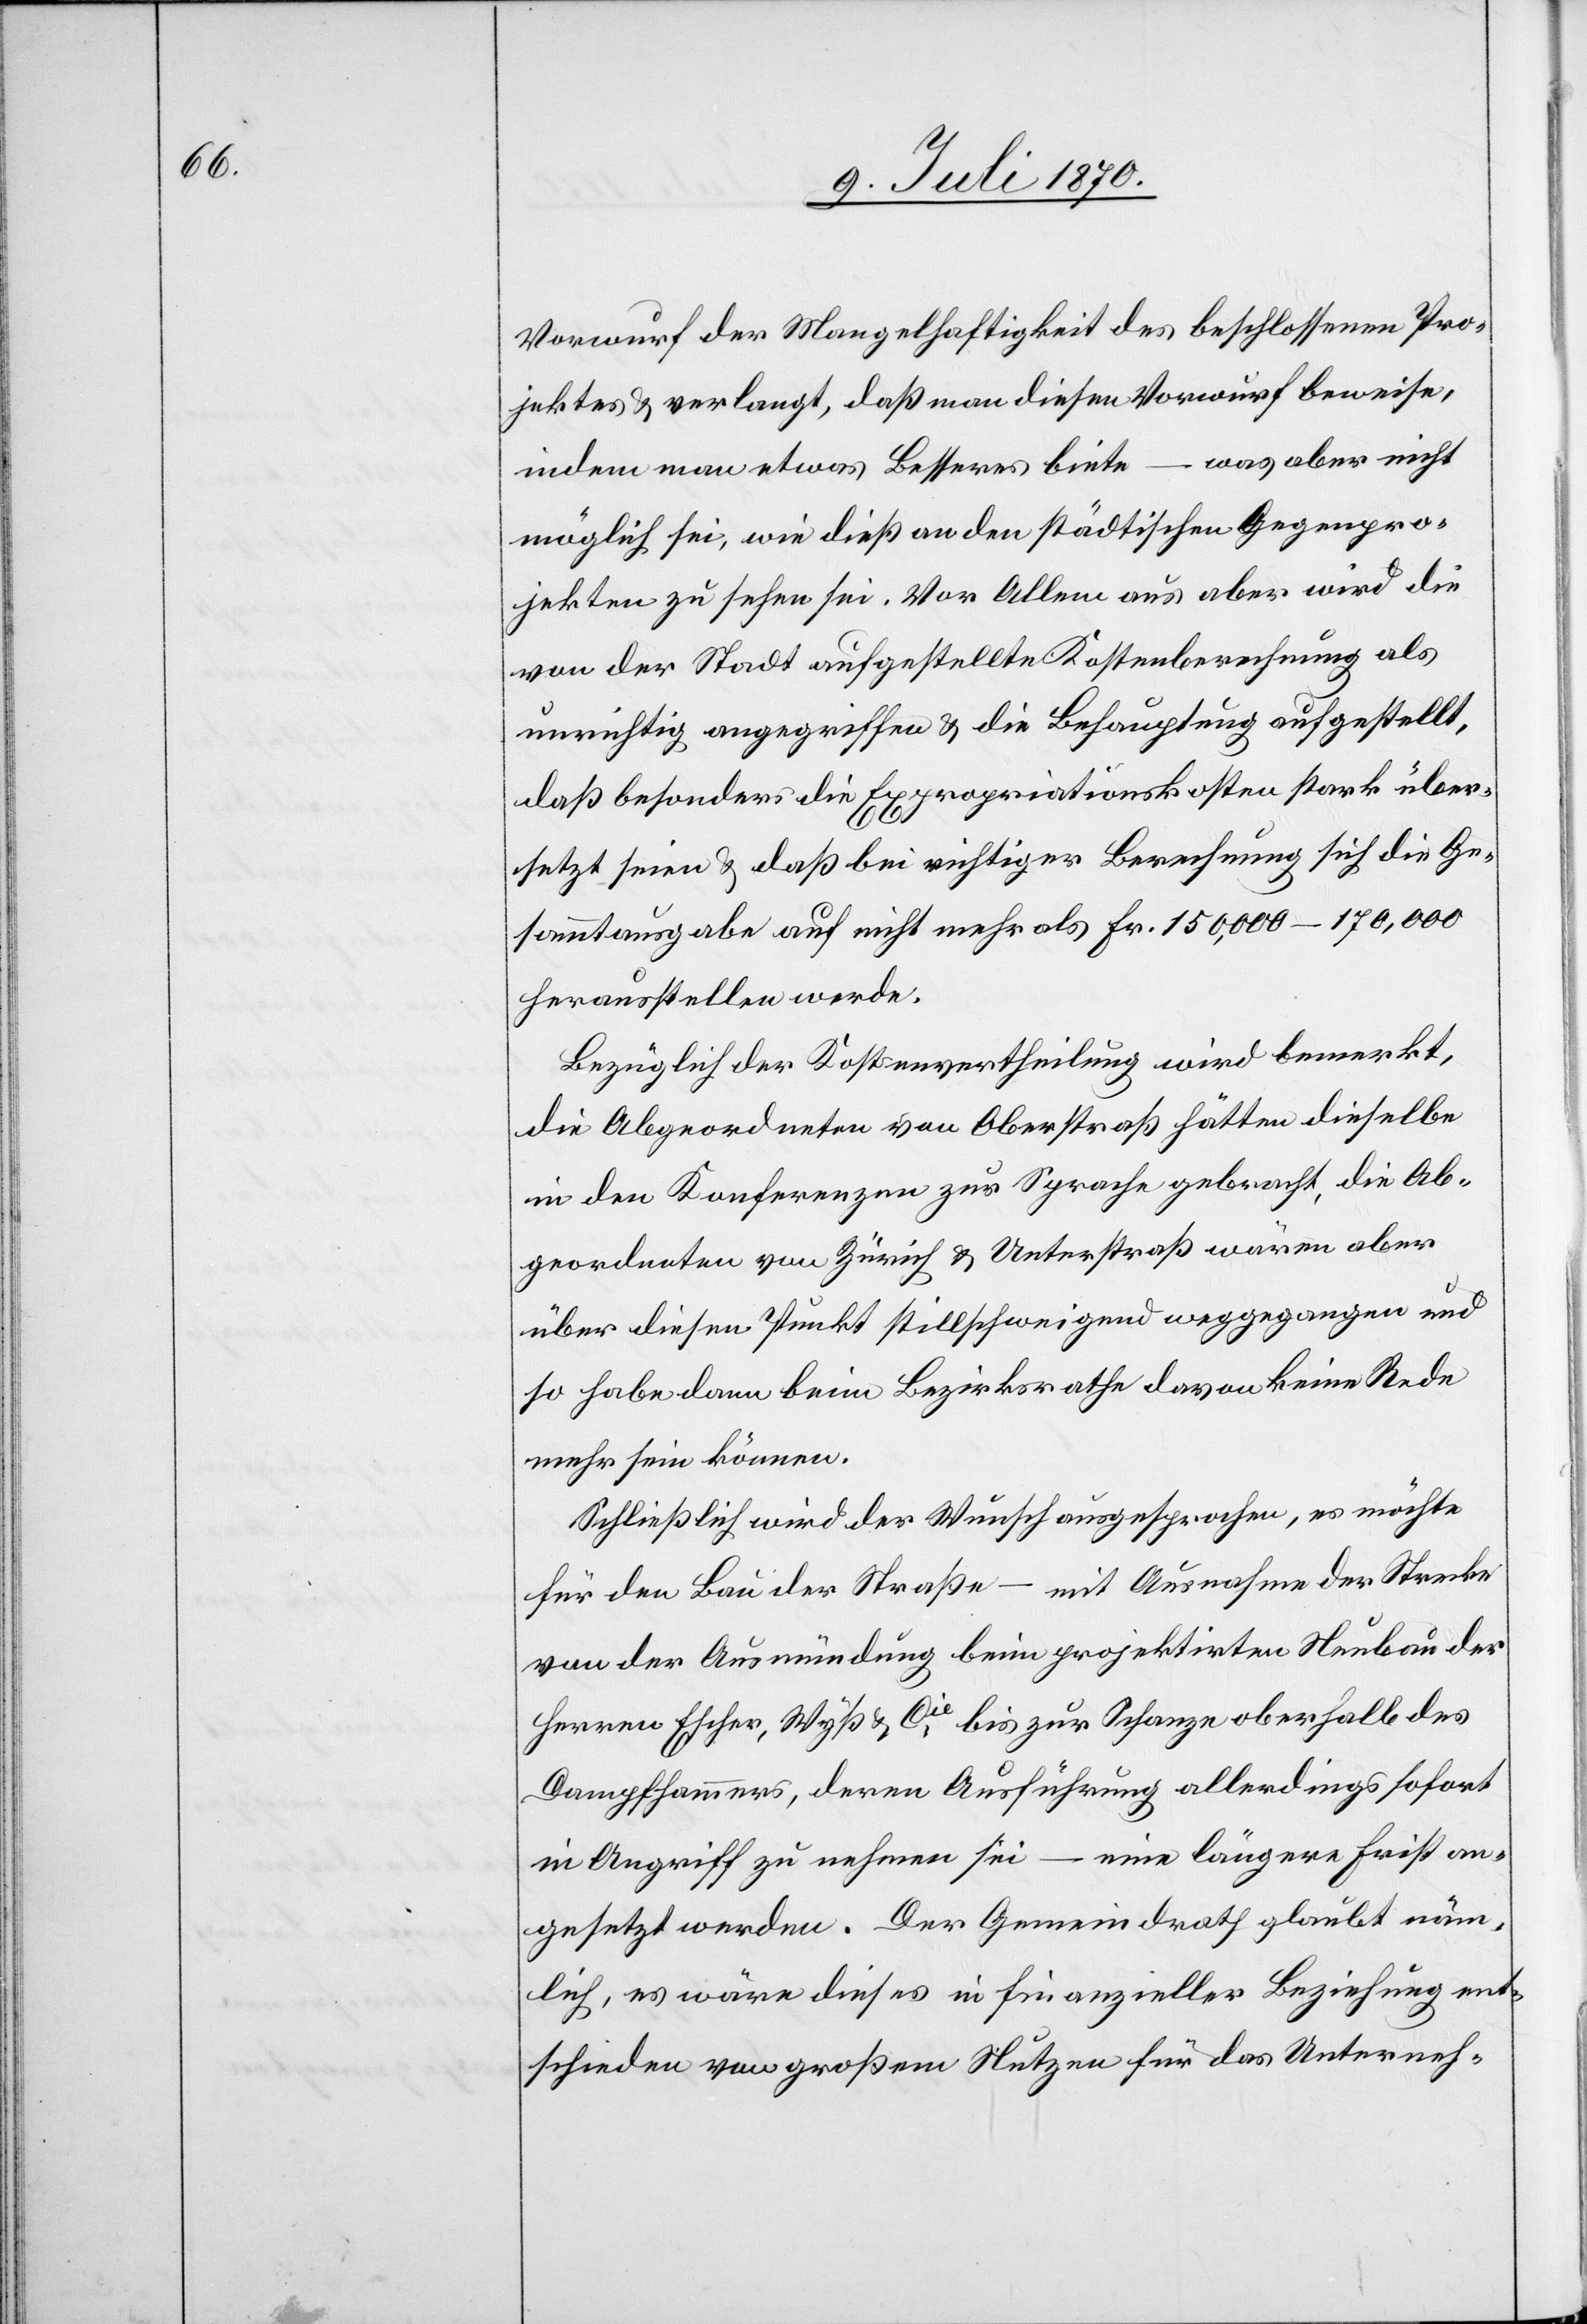
Vorwurf der Mangelhaftigkeit des beschlossenen Pro¬
jektes & verlangt, daß man diesen Vorwurf beweise,
indem man etwas Besseres biete – was aber nicht
möglich sei, wie dieß an den städtischen Gegenpro¬
jekten zu sehen sei. Vor Allem aus [sic!] aber wird die
von der Stadt aufgestellte Kostenberechnung als
unrichtig angegriffen & die Behauptung aufgestellt,
daß besonders die Expropriationskosten stark über¬
setzt seien & daß bei richtiger Berechnung sich die Ge¬
sammtausgabe auf nicht mehr als Fr. 150,000–170,000
herausstellen werde.
Bezüglich der Kostenvertheilung wird bemerkt,
die Abgeordneten von Oberstraß hätten dieselbe
in den Konferenzen zur Sprache gebracht, die Ab¬
geordneten von Zürich & Unterstraß wären aber
über diesen Punkt stillschweigend weggegangen und
so habe dann beim Bezirksrathe davon keine Rede
mehr sein können.
Schließlich wird der Wunsch ausgesprochen, es möchte
für den Bau der Straße – mit Ausnahme der Strecke
von der Ausmündung beim projektiren Neubau der
Herren Escher, Wyß & Cie, bis zur Schanze oberhalb des
Dampfhammers, deren Ausführung allerdings sofort
in Angriff zu nehmen sei – eine längere Frist an¬
gesetzt werden. Der Gemeindrath glaubt näm¬
lich, es wäre dieses in finanzieller Beziehung ent¬
schieden von großem Nutzen für das Unterneh-